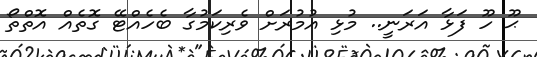
ޙޫ ހޫ ފަޅާ އަރަނީ.. މުޅި އުމުރަށް ވެރިކަމުގާ ބެހެއްޓޭ ގޮތެއް އޮތްތޯ